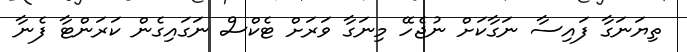
ތިޔަނަގާ ފައިސާ ނަގާކަށް ނުޖެހޭ މިނަގާ ވަރަށް ޓެކްސް ނަގައިގެން ކަރަންޓާ ފެނާ